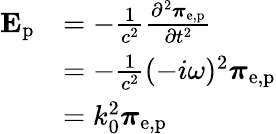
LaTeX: {\begin{array}{rl}{\mathbf{E}_{\mathrm{p}}}&{=-{\frac{1}{c^{2}}}{\frac{\partial^{2}{\boldsymbol{\pi}}_{\mathrm{e,p}}}{\partial t^{2}}}}\\ &{=-{\frac{1}{c^{2}}}(-i\omega)^{2}{\boldsymbol{\pi}}_{\mathrm{e,p}}}\\ &{=k_{0}^{2}{\boldsymbol{\pi}}_{\mathrm{e,p}}}\end{array}}